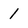
Character: 1